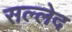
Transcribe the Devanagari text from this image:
सल्लेद